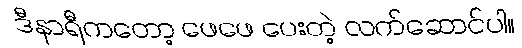
ဒီနာရီကတော့ ဖေဖေ ပေးတဲ့ လက်ဆောင်ပါ။